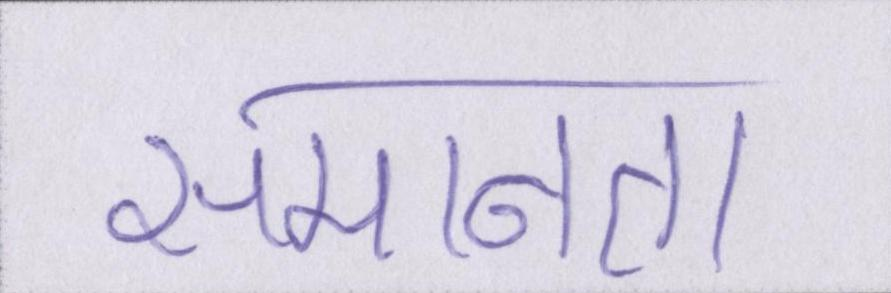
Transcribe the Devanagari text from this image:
समानता